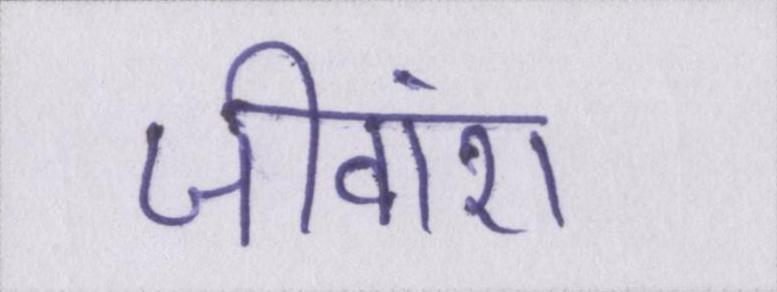
जीवांश